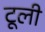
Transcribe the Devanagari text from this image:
टूली